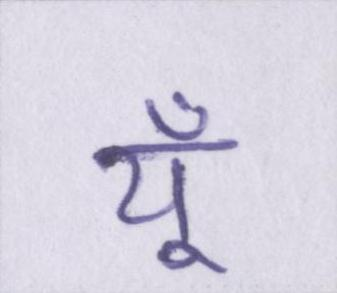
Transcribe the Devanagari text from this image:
यूँ